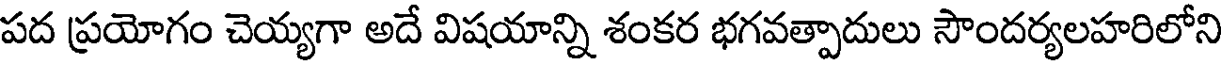
పద ప్రయోగం చెయ్యగా అదే విషయాన్ని శంకర భగవత్పాదులు సౌందర్యలహరిలోని